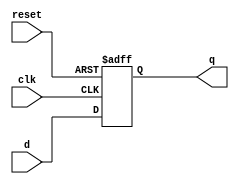
module d_ff (reset, clk, d, q);
     input reset, clk, d;
     output reg q;

     always @(posedge clk or negedge reset) begin
          if (!reset) q <= 0;  // Reset D FF on negative edge (this is asynchronous!!!)
          else q <= d;         // Its asynchronous because its in the sensitivity list
     end

endmodule